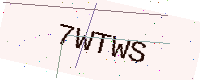
Text: 7WTWS